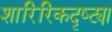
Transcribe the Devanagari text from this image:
शारिरिकदृष्ट्या